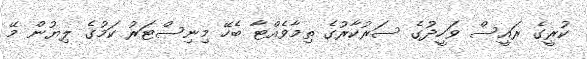
ކުރީގެ ރައީސް ވަހީދުގެ ސަރުކާރުގެ ތިމާވެއްޓާ ބެހޭ މިނިސްޓަރު ކަމުގެ ލިޔުން މޭ